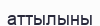
аттылыны